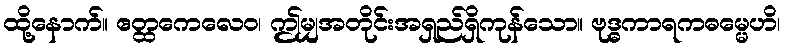
ထို့နောက်။ ဧတ္ထကေလေဝ၊ ဤမျှအတိုင်းအရှည်ရှိကုန်သော။ ဗုဒ္ဓကာရကဓမ္မေဟိ၊